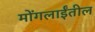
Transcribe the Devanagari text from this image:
मोंगलाईंतील